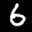
Label: 6